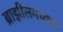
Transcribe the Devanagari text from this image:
ब्राझीलमध्येच